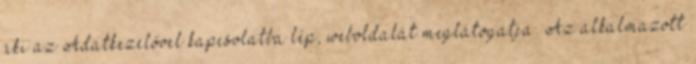
aki az Adatkezelővel kapcsolatba lép, weboldalát meglátogatja. Az alkalmazott